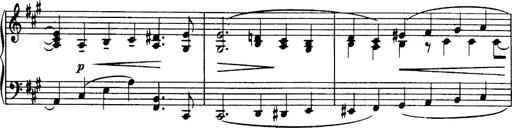
Title: 3 Sonatinas, Op.67
Composer: Jean Sibelius